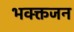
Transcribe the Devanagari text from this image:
भक्क्तजन